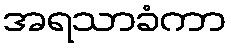
အရသာခံကာ